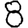
Digit: 8